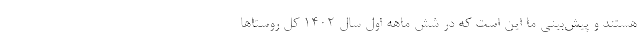
هستند و پیش‌بینی ما این است که در شش ماهه اول سال ۱۴۰۲ کل روستاها